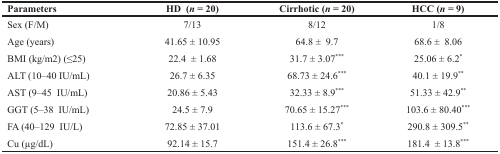
| Parameters | HD (n = 20) | Cirrhotic (n = 20) | HCC (n = 9) |
 | --- | --- | --- | --- |
 | Sex (F/M) | 7/13 | 8/12 | 1/8 |
 | Age (years) | 41.65 ± 10.95 | 64.8 ± 9.7 | 68.6 ± 8.06 |
 | BMI (kg/m2) (≤25) | 22.4 ± 1.68 | 31.7 ± 3.07*** | 25.06 ± 6.2* |
 | ALT (10–40 IU/mL) | 26.7 ± 6.35 | 68.73 ± 24.6*** | 40.1 ± 19.9** |
 | AST (9–45 IU/mL) | 20.86 ± 5.43 | 32.33 ± 8.9*** | 51.33 ± 42.9** |
 | GGT (5–38 IU/mL) | 24.5 ± 7.9 | 70.65 ± 15.27*** | 103.6 ± 80.40*** |
 | FA (40–129 IU/L) | 72.85 ± 37.01 | 113.6 ± 67.3* | 290.8 ± 309.5** |
 | Cu (μg/dL) | 92.14 ± 15.7 | 151.4 ± 26.8*** | 181.4 ± 13.8*** |